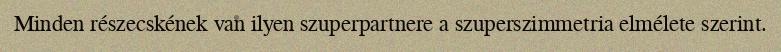
Minden részecskének van ilyen szuperpartnere a szuperszimmetria elmélete szerint.